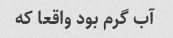
آب گرم بود واقعا که